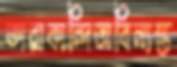
তারাকান্দিঅবিন্যস্ত